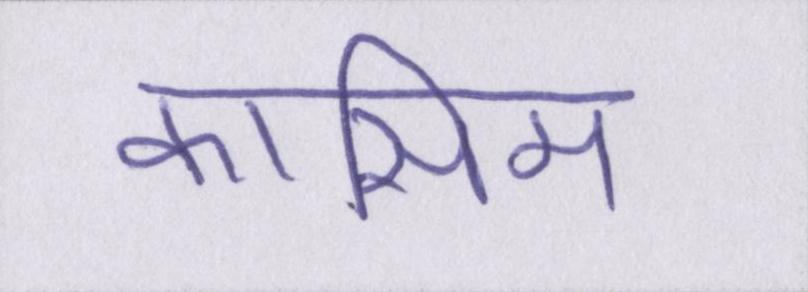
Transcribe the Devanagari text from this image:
कासिम